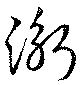
衡